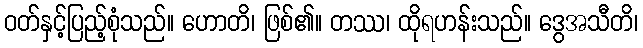
ဝတ်နှင့်ပြည့်စုံသည်။ ဟောတိ၊ ဖြစ်၏။ တဿ၊ ထိုရဟန်းသည်။ ဒွေအသီတိ၊